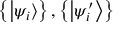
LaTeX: \left\{ \left| \psi _ { i } \right\rangle \right\} , \left\{ \left| \psi _ { i } ^ { \prime } \right\rangle \right\}